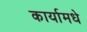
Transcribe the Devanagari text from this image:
कार्यामधे